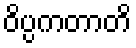
ဝိပ္ပကတာတိ